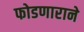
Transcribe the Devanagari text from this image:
फोडणाराने